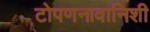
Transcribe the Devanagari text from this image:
टोपणनावानिशी